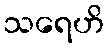
သရေဟိ